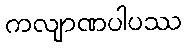
ကလျာဏပါပဿ